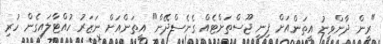
"ރީން ދާންވީނު އީތަންއަށް ފިނި ޖޫސްތަށްޓެއް ގެނެސްދޭން" އީތަންއަށް ނަޒަރު ހުއްޓާލައިގެން ހުރި